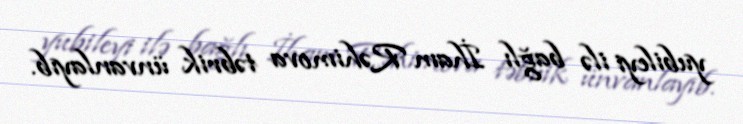
yubileyi ilə bağlı İham Rəhimova təbrik ünvanlayıb.